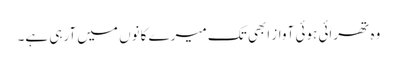
وہ تھرائی ہوئی آواز ابھی تک میرے کانوں میں آرہی ہے۔